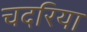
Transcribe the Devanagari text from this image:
चदरिया